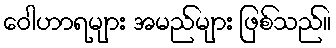
ဝေါဟာရများ အမည်များ ဖြစ်သည်။